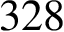
3 2 8